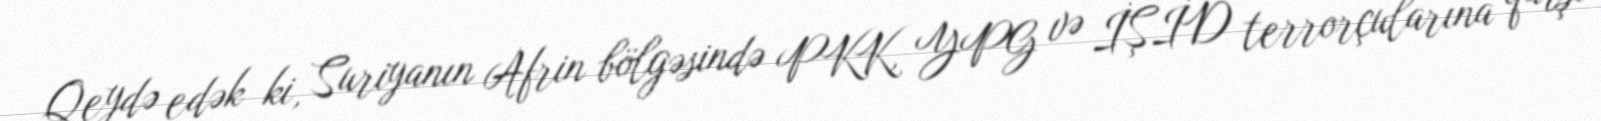
Qeydə edək ki, Suriyanın Afrin bölgəsində PKK, YPG və İŞİD terrorçularına qarşı